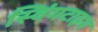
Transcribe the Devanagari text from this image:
स्विंगटाइम